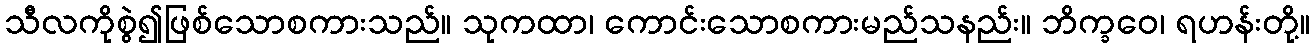
သီလကိုစွဲ၍ဖြစ်သောစကားသည်။ သုကထာ၊ ကောင်းသောစကားမည်သနည်း။ ဘိက္ခဝေ၊ ရဟန်းတို့။